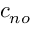
c _ { n o }